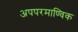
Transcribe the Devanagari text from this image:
अपपरमाण्विक